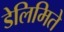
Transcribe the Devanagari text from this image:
डेलिमिते